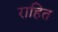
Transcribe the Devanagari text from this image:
राहित